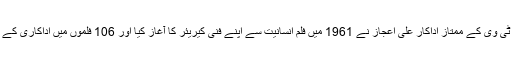
فلم، ریڈیو اور ٹی وی کے ممتاز اداکار علی اعجاز نے 1961 میں فلم انسانیت سے اپنے فنی کیریئر کا آغاز کیا اور 106 فلموں میں اداکاری کے جوہر دکھائے۔